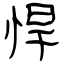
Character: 悍